Eesti_Rahvusfond, lk 24
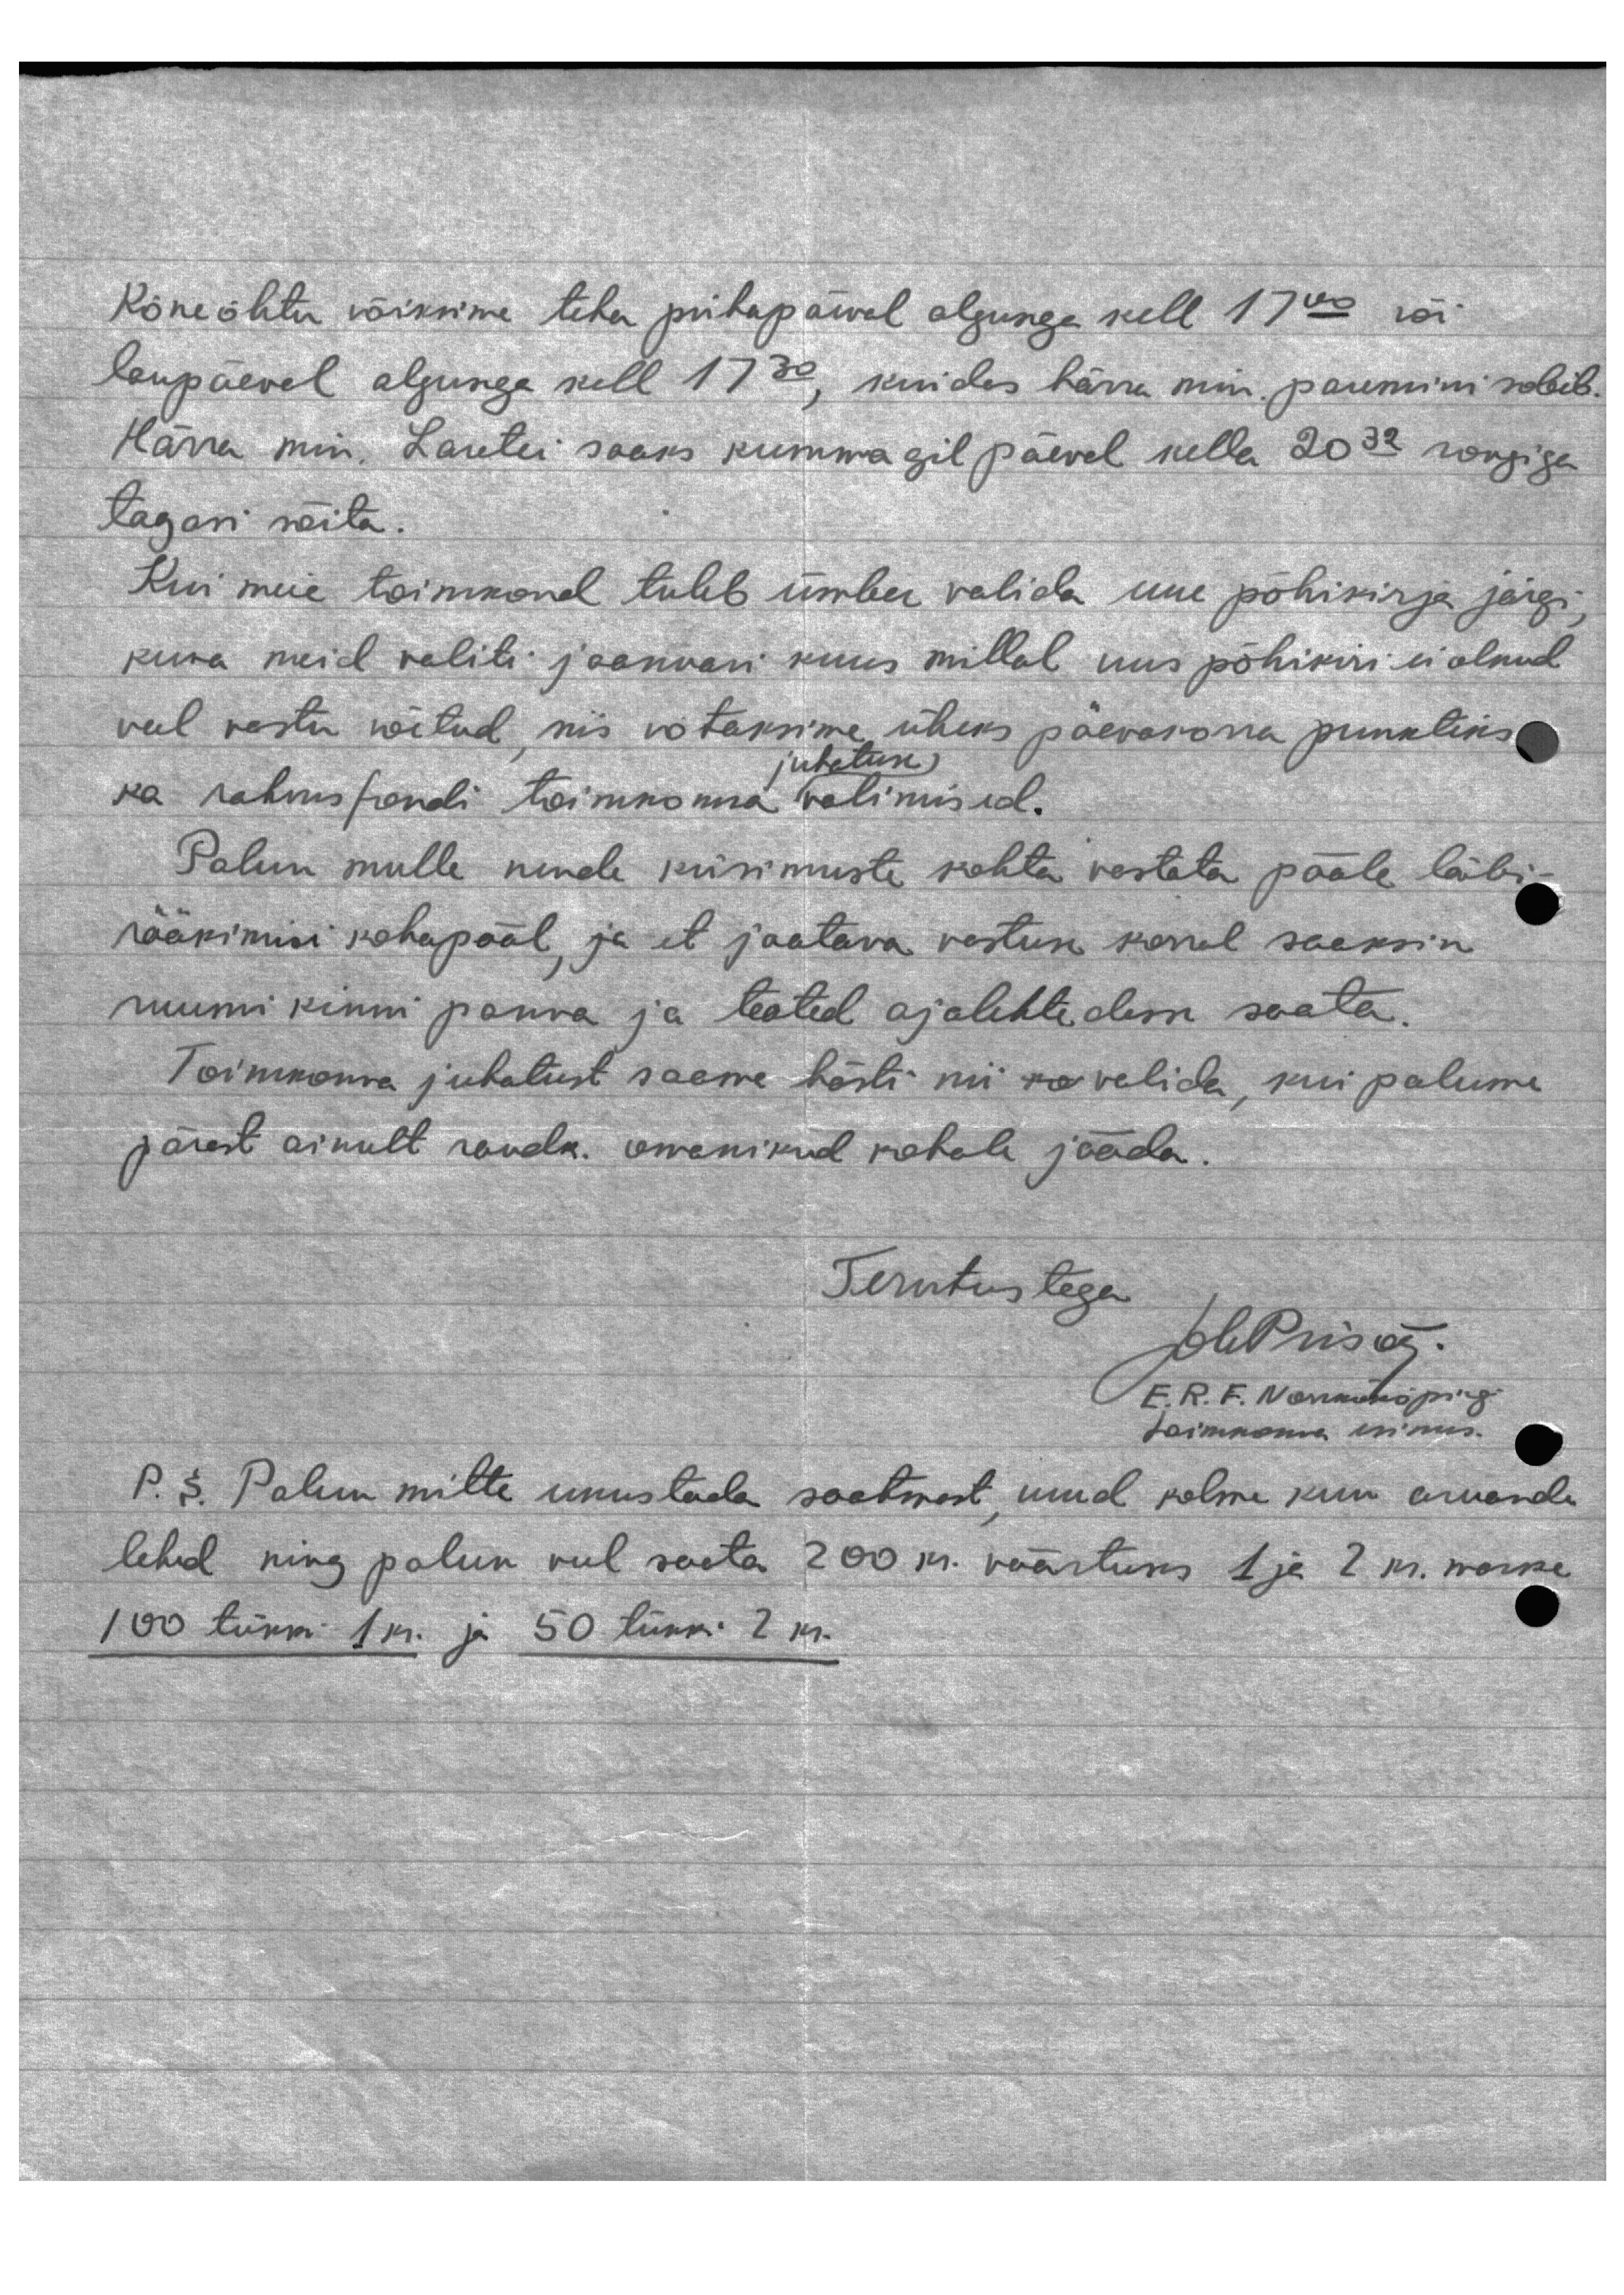
Kõneõhtu võiksime teha pühapäwal alguse kell 17.00 või
laupäeval algusega kell 17.30, kuidas härra min paremini sobib.
Härra min. Laretei saaks kummagil päeval kella 2032 rongiga
tagasi sõita.
Kui meie toimkond tuleb ümber valida uue põhikirja järgi,
kuna meid valiti jaanuari kuus millal uus põhikiri ei olnud
veel vastu wõitud, mis võtaksime üheks päevakorra punktiks
ka rahvusfondi toimkonna valimised.
juhatuse
Palun mulle nende küsimuste kohta vastata pääle läbi-
rääkimisi kohapääl, ja et jaatava vastuse korral saaksin
ruumi kinni panna ja teated ajalehtedesse saata.
Toimkorra juhatust saame hästi nii valida, kui palume
pärast ainult raudk. omanikud kohale jääda
Tervitustega.
LwPrisas.
E. R. F. Norrköping
toimkonna esimees.
P. S. Palun mitte unustada saatmast, need kolme kuu aruandi
lehed ning palun veel saata 200 kr. väärtuses 1 ja 2 kr. marke
100 tükki 1 kr. ja 50 tükki 2 kr.,